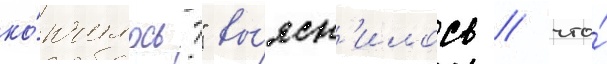
ко́нчилось?" вы́ясн'илось / что́